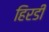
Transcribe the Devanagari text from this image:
हिरडी